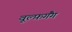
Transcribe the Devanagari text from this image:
वूल्फ़गैंग